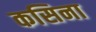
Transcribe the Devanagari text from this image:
कसिना